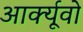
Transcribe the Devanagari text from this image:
आर्क्यूवो